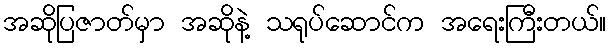
အဆိုပြဇာတ်မှာ အဆိုနဲ့ သရုပ်ဆောင်က အရေးကြီးတယ်။